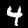
Label: 4